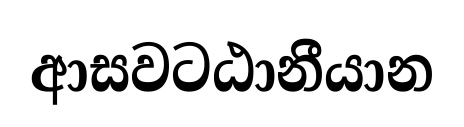
ආසවටඨානීයාන